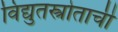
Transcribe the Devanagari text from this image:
विद्युतस्त्रोताची